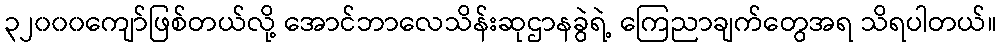
၃၂၀၀၀ကျော်ဖြစ်တယ်လို့ အောင်ဘာလေသိန်းဆုဌာနခွဲရဲ့ ကြေညာချက်တွေအရ သိရပါတယ်။